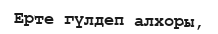
Ерте гүлдеп алхоры,